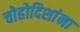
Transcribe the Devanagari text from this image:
चोहोदिशांना